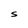
Character: S